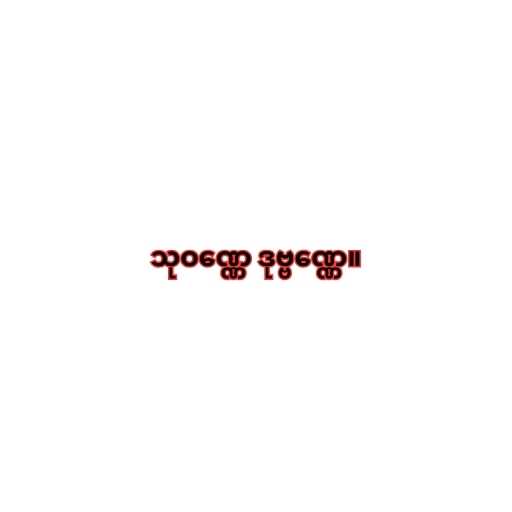
သုဝဏ္ဏေ ဒုဗ္ဗဏ္ဏေ။